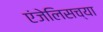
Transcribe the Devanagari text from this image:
एंजेलिसच्या